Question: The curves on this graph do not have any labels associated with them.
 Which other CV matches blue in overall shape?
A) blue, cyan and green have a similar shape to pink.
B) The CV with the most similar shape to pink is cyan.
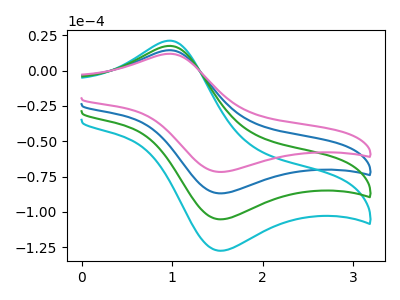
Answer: <think>The blue curve "blue" has an anodic peak at (1.00V, 14.45uA) and a cathodic peak at (1.55V, -86.85uA). The cyan curve "cyan" has an anodic peak at (1.00V, 43.35uA) and a cathodic peak at (1.55V, -260.55uA). The green curve "green" has an anodic peak at (1.00V, 28.90uA) and a cathodic peak at (1.55V, -173.70uA). The pink curve "pink" has an anodic peak at (1.00V, 11.95uA) and a cathodic peak at (1.55V, -71.70uA).
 All the peaks in "blue" have a peak in "cyan" at the same potential. Every peak in "blue" is lower than every peak in "cyan". All the peaks in "blue" have a peak in "green" at the same potential. Every peak in "blue" is lower than every peak in "green". All the peaks in "blue" have a peak in "pink" at the same potential. Every peak in "blue" is higher than every peak in "pink". All the peaks in "cyan" have a peak in "green" at the same potential. Every peak in "cyan" is higher than every peak in "green". All the peaks in "cyan" have a peak in "pink" at the same potential. Every peak in "cyan" is higher than every peak in "pink". All the peaks in "green" have a peak in "pink" at the same potential. Every peak in "green" is higher than every peak in "pink".</think>
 <answer>A) "blue", "cyan" and "green" have a similar shape to "pink".</answer>
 <eval>A</eval>